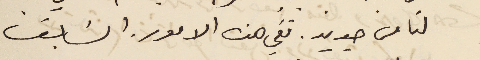
لنا من جديد. ففي هذه الامور. السَابق